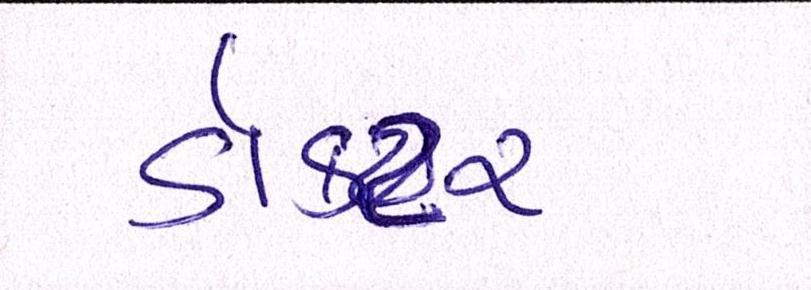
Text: ડૉક્ટર